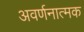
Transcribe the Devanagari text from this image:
अवर्णनात्मक